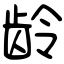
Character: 龄